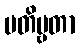
ပတိဗ္ဗတာ